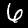
Label: 6